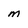
Character: m